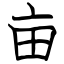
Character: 亩